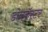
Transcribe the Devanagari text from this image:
डोनकॅस्टर